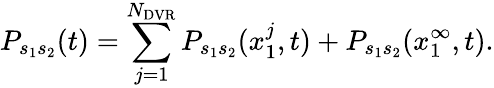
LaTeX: P_{s_{1}s_{2}}(t)=\sum_{j=1}^{N_{\mathrm{DVR}}}P_{s_{1}s_{2}}(x_{1}^{j},t)+P_{s_{1}s_{2}}(x_{1}^{\infty},t).